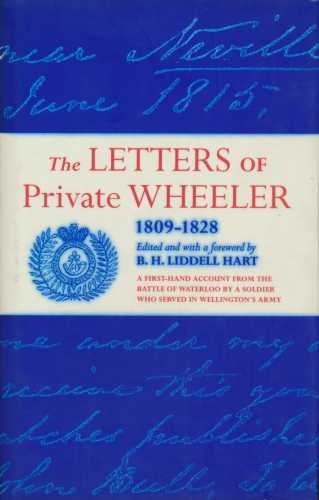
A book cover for The Letters of Private Wheeler, 1809-28; William Wheeler; History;